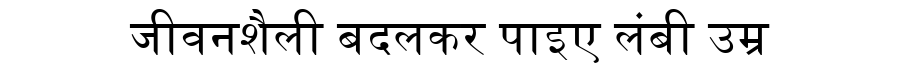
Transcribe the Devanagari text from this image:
जीवनशैली बदलकर पाइए लंबी उम्र